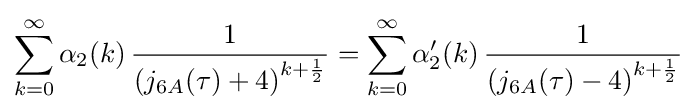
\sum _{k=0}^{\infty }\alpha _{2}(k)\,{\frac {1}{\left(j_{6A}(\tau )+4\right)^{k+{\frac {1}{2}}}}}=\sum _{k=0}^{\infty }\alpha '_{2}(k)\,{\frac {1}{\left(j_{6A}(\tau )-4\right)^{k+{\frac {1}{2}}}}}